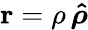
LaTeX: \mathbf{r}=\rho\, \boldsymbol{\hat{\rho}}